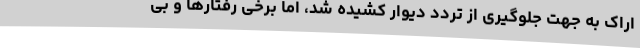
اراک به جهت جلوگیری از تردد دیوار کشیده شد، اما برخی رفتارها و بی